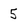
Character: 5